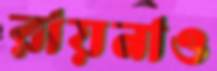
রায়নাও